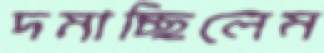
দমাচ্ছিলেম